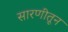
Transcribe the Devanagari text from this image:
सारणीतून